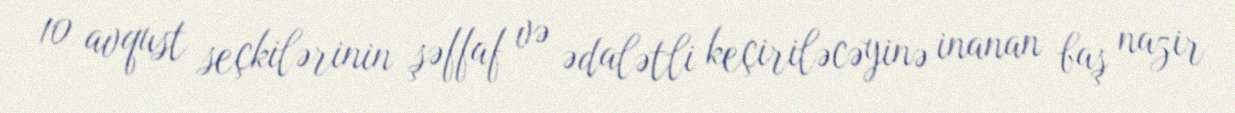
10 avqust seçkilərinin şəffaf və ədalətli keçiriləcəyinə inanan baş nazir